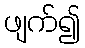
ဖျက်၍